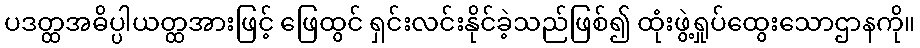
ပဒတ္ထအဓိပ္ပါယတ္ထအားဖြင့် ဖြေထွင် ရှင်းလင်းနိုင်ခဲ့သည်ဖြစ်၍ ထုံးဖွဲ့ရှုပ်ထွေးသောဌာနကို။